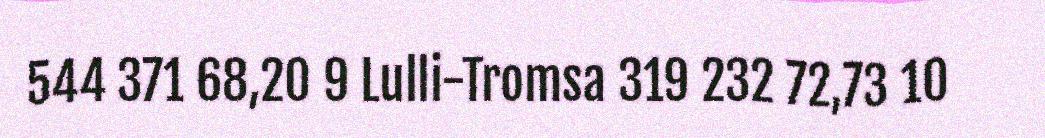
544 371 68,20 9 Lulli-Tromsa 319 232 72,73 10